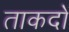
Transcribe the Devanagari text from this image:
ताकदों